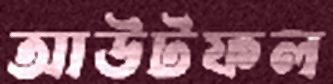
আউটফল